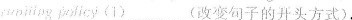
(1)…………(改变句子的开头方式),